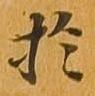
於